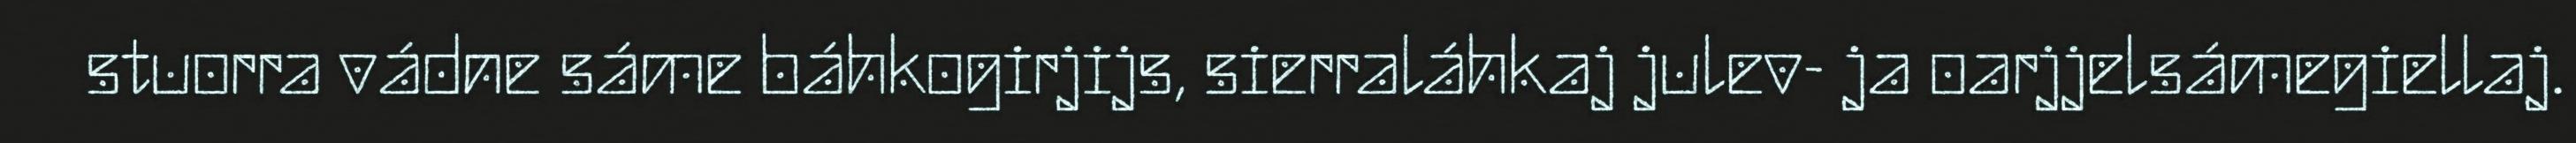
stuorra vádne sáme báhkogirjijs, sierraláhkaj julev- ja oarjjelsámegiellaj.